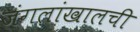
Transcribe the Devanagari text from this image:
जंगलांखालची